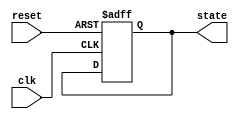
module PreConfiguredStateInitialization (
    input wire reset,      // Active-high reset signal
    input wire clk,        // Clock signal
    output reg [3:0] state // State output (4-bit for example)
);

// Predefined state value (example: 4'b0001)
parameter PRE_CONFIGURED_STATE = 4'b0001;

// Synchronous reset and state initialization
always @(posedge clk or posedge reset) begin
    if (reset) begin
        // Initialize state to predefined value on reset
        state <= PRE_CONFIGURED_STATE;
    end else begin
        // Normal operation: state transition logic goes here
        // For example, you can implement your state transition logic
        // based on other inputs or conditions.
    end
end

endmodule